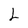
Character: L